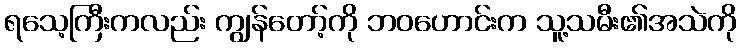
ရသေ့ကြီးကလည်း ကျွန်တော့်ကို ဘဝဟောင်းက သူ့သမီး၏အသဲကို